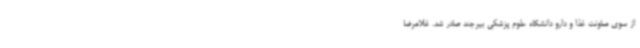
از سوی معاونت غذا و دارو دانشگاه علوم پزشکی بیرجند صادر شد. غلامرضا